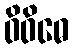
ဝိဝိဓေ